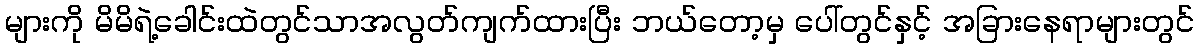
များကို မိမိရဲ့ခေါင်းထဲတွင်သာအလွတ်ကျက်ထားပြီး ဘယ်တော့မှ ပေါ်တွင်နှင့် အခြားနေရာများတွင်